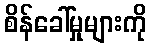
စိန်ခေါ်မှုများကို